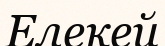
Елекей